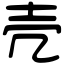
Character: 壳